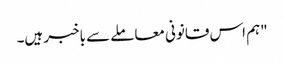
"ہم اس قانونی معاملے سے باخبر ہیں۔